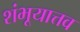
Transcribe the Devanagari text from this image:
शंभूयात्तव